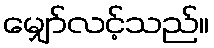
မျှော်လင့်သည်။